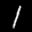
Label: 1